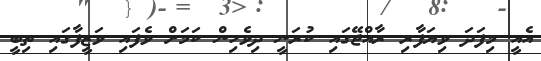
އެއީ މިފަދަ ވިޔަފާރި ރާއްޖޭގައި ކުރަނީ ދިވެހިން ކަމަށް ވެފައި ވަޒީފާގައި ތިބީ